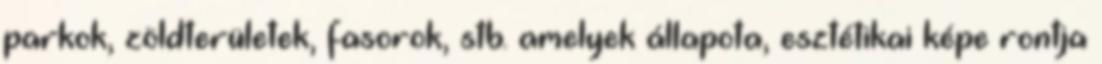
parkok, zöldterületek, fasorok, stb. amelyek állapota, esztétikai képe rontja